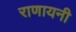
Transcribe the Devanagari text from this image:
राणायनी